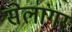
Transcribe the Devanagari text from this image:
सेलांगर